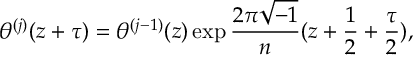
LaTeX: \theta ^ { ( j ) } ( z + \tau ) = \theta ^ { ( j - 1 ) } ( z ) \exp \frac { 2 \pi \sqrt { - 1 } } { n } ( z + \frac { 1 } { 2 } + \frac { \tau } { 2 } ) ,